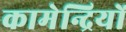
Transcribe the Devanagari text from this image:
कामेन्द्रियों